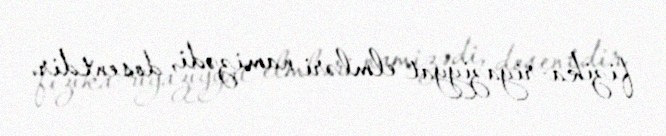
fizika-riyaziyyat elmləri namizədi, dosentdir.